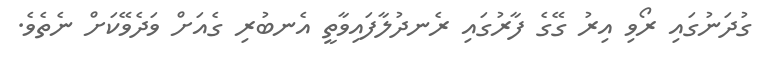
ގުދަނުގައި ރޯވި އިރު ގޭގެ ފާރުގައި ރެނދުލާފައިވާތީ އެނބުރި ގެއަށް ވަދެވޭކަށް ނެތެވެ.